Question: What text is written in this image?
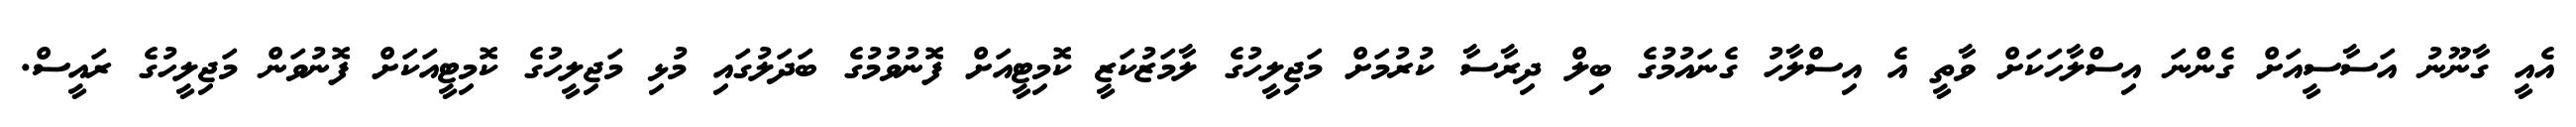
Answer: އެއީ ގާނޫނު އަސާސީއަށް ގެންނަ އިސްލާހަކަށް ވާތީ އެ އިސްލާހު ގެނައުމުގެ ބިލް ދިރާސާ ކުރުމަށް މަޖިލީހުގެ ލާމަޒުކަޒީ ކޮމިޓީއަށް ފޮނުވުމުގެ ބަދަލުގައި މުޅި މަޖިލީހުގެ ކޮމިޓީއަކަށް ފޮނުވަން މަޖިލީހުގެ ރައީސް.